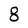
Character: 8